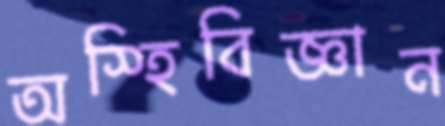
অস্হিবিজ্ঞান